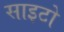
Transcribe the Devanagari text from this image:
साइटो